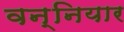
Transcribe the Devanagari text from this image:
वन्नियार